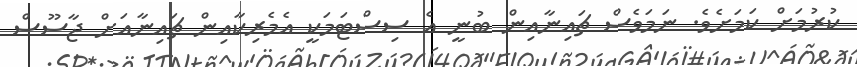
ކުރުމަށް ކަމަށެވެ. ނަމަވެސް ޗައިނާއިން ބުނީ އެ ސިިސްޓަމަކީ އެމެރިކާއިން ޗައިނާއަށް ޖާސޫސް